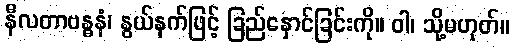
နီလတာဗန္ဓနံ၊ နွယ်နက်ဖြင့် ခြည်နှောင်ခြင်းကို။ ဝါ၊ သို့မဟုတ်။